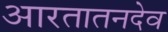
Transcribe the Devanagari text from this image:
आरतातनदेव